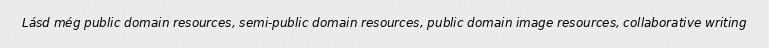
Lásd még public domain resources, semi-public domain resources, public domain image resources, collaborative writing